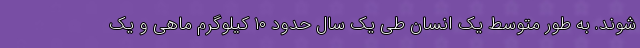
‌شوند. به‌ طور متوسط یک انسان طی یک سال حدود ۱۰ کیلوگرم ماهی و یک